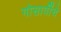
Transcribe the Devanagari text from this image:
गोसावींचे